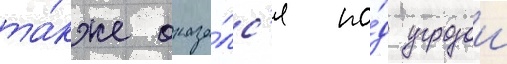
та́кже оказа́лс'я по́д угрозои